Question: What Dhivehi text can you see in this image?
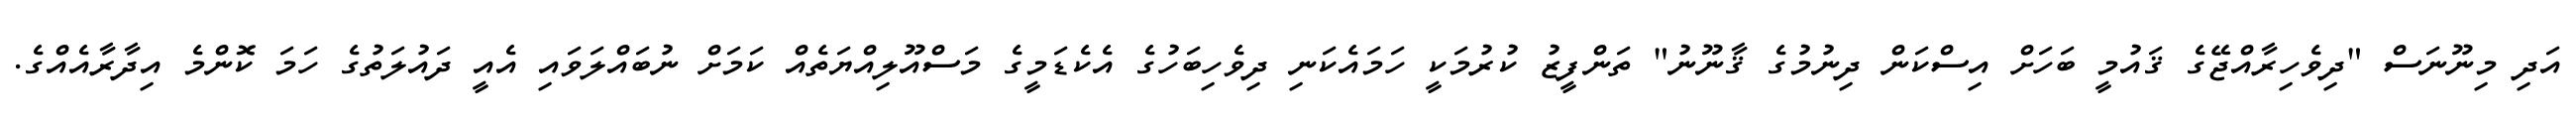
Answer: އަދި މިނޫނަސް "ދިވެހިރާއްޖޭގެ ޤައުމީ ބަހަށް އިސްކަން ދިނުމުގެ ޤާނޫނު" ތަންފީޒު ކުރުމަކީ ހަމައެކަނި ދިވެހިބަހުގެ އެކެޑަމީގެ މަސްއޫލިއްޔަތެއް ކަމަށް ނުބައްލަވައި އެއީ ދައުލަތުގެ ހަމަ ކޮންމެ އިދާރާއެއްގެ.